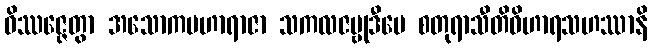
ဝိဿဇ္ဇေတွာ အသောကမဟာရာဇာ သကလဇမ္ဗုဒီပေ စတုရာသီတိဝိဟာရသဟဿာနိ